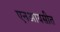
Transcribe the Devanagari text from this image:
एनआयसीत